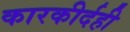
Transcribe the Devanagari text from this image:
कारकीर्दही